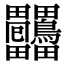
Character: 𤴒